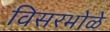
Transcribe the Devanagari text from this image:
विसरभोळे